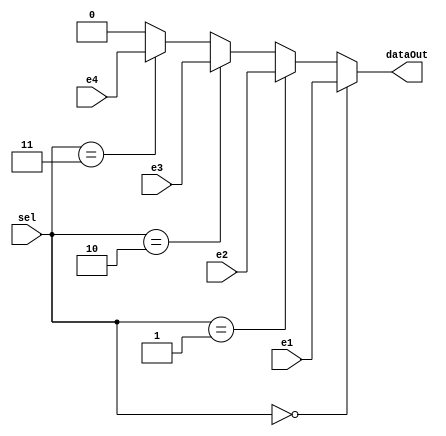
module MUX_ALU_1bit( dataOut, e1, e2, e3, e4, sel );

  input e1, e2, e3, e4 ;
  input[1:0] sel ;
  output dataOut ;
  
  assign dataOut = ( sel == 2'b00 ) ? e1 :
		   ( sel == 2'b01 ) ? e2 :
		   ( sel == 2'b10 ) ? e3 :
		   ( sel == 2'b11 ) ? e4 :
				      1'b0 ;
						
endmodule